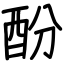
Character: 酚